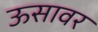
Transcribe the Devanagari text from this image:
ऊसावर